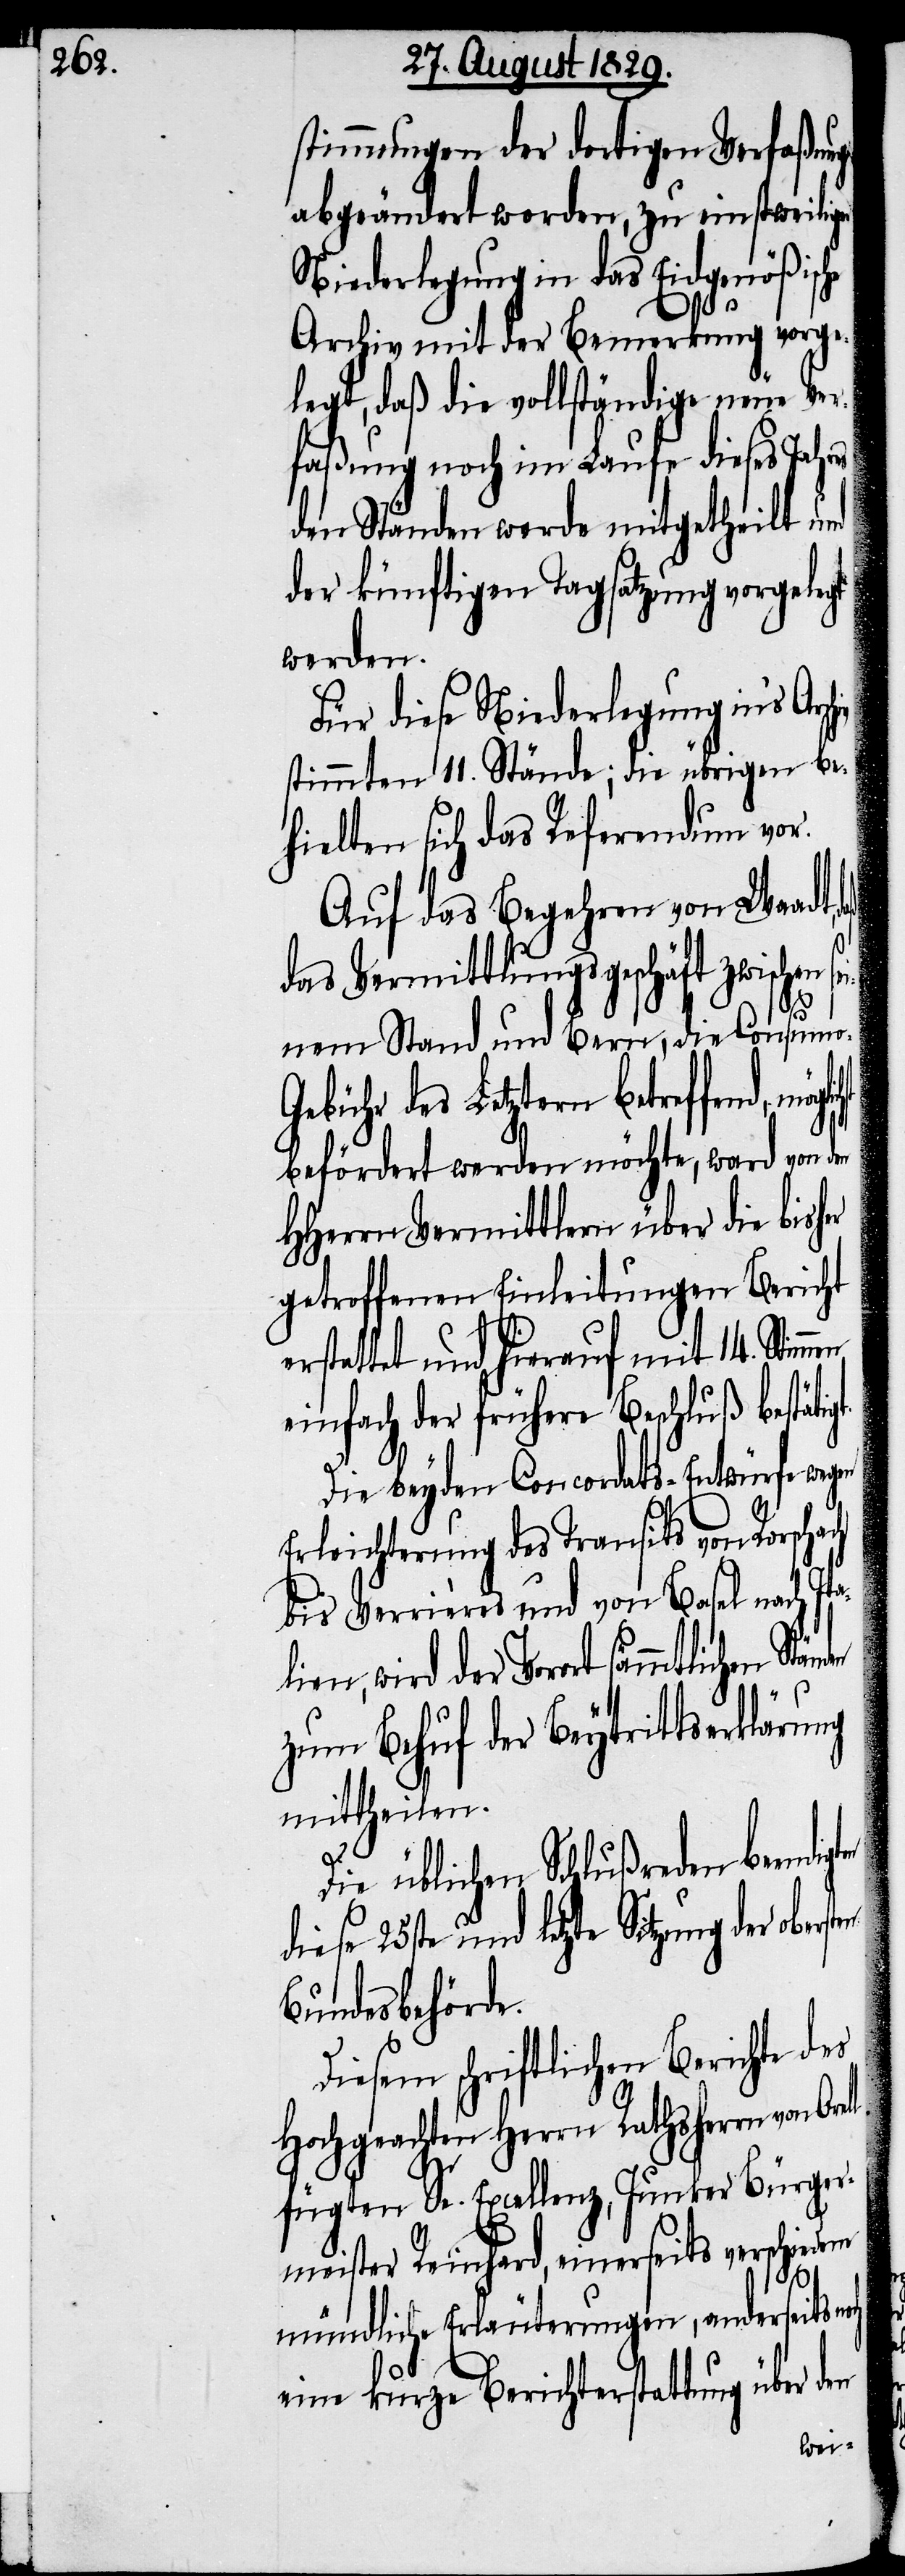
stimmungen der dortigen Verfaßung
abgeändert worden, zu einstweilig¬
Niederlegung in das Eidgenößisc¬
Archiv mit der Bemerkung vorge¬
legt, daß die vollständige neue Ver¬
faßung noch im Laufe dieses Jahres
den Ständen werde mitgetheilt und
der künftigen Tagsatzung vorgelegt
werden.
Für diese Niederlegung in’s Arc¬
stimmten 11. Stände; die übrigen be¬
hielten sich das Referendum vor.
Auf das Begehren von Waadt,
das Vermittlungsgeschäft zwischen
ch
nem Stand und Bern, die Consumo-G¬
ebühr des Letztern betreffend,
befördert werden möchte, ward von den
HHerrn Vermittlern über die bish¬
getroffenen Einleitungen Bericht
erstattet und hierauf mit 14. Stim¬
einfach der frühere Beschluß bestätig¬
Die beyden Concordats-Entwürfe wegen
Erleichterung des Transits von Rorscha¬
bis Verrières und von Basel nach It¬
alien, wird der Vorort sämmtlichen
zum Behuf der Beytrittserklärung
mittheilen.
Die üblichen Schlußreden beendi¬
diese 25ste und letzte Sitzung der o¬
Bundesbehörde.
Diesem schriftlichen Berichte des
Hochgeachten Herrn Rathsherrn von
fügten Se. Excellenz, Junker Bürger¬
meister Reinhard, einerseits verschie¬
mündliche Erläuterungen, anderseits
eine kurze Berichterstattung über den
dene